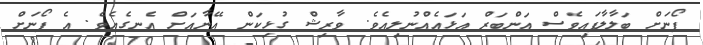
ފޯނަށް ބަލާލާފައިވެސް އަންބަރް އަޅައެއްނުލިއެވެ. ވާރިޝް ގުޅިކަން އޭނާއަށް އެނގެއެވެ. އެ ފޯނަށް